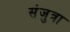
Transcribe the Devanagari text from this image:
संजुत्रा